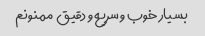
بسیار خوب و سریع و دقیق ‌ ممنونم